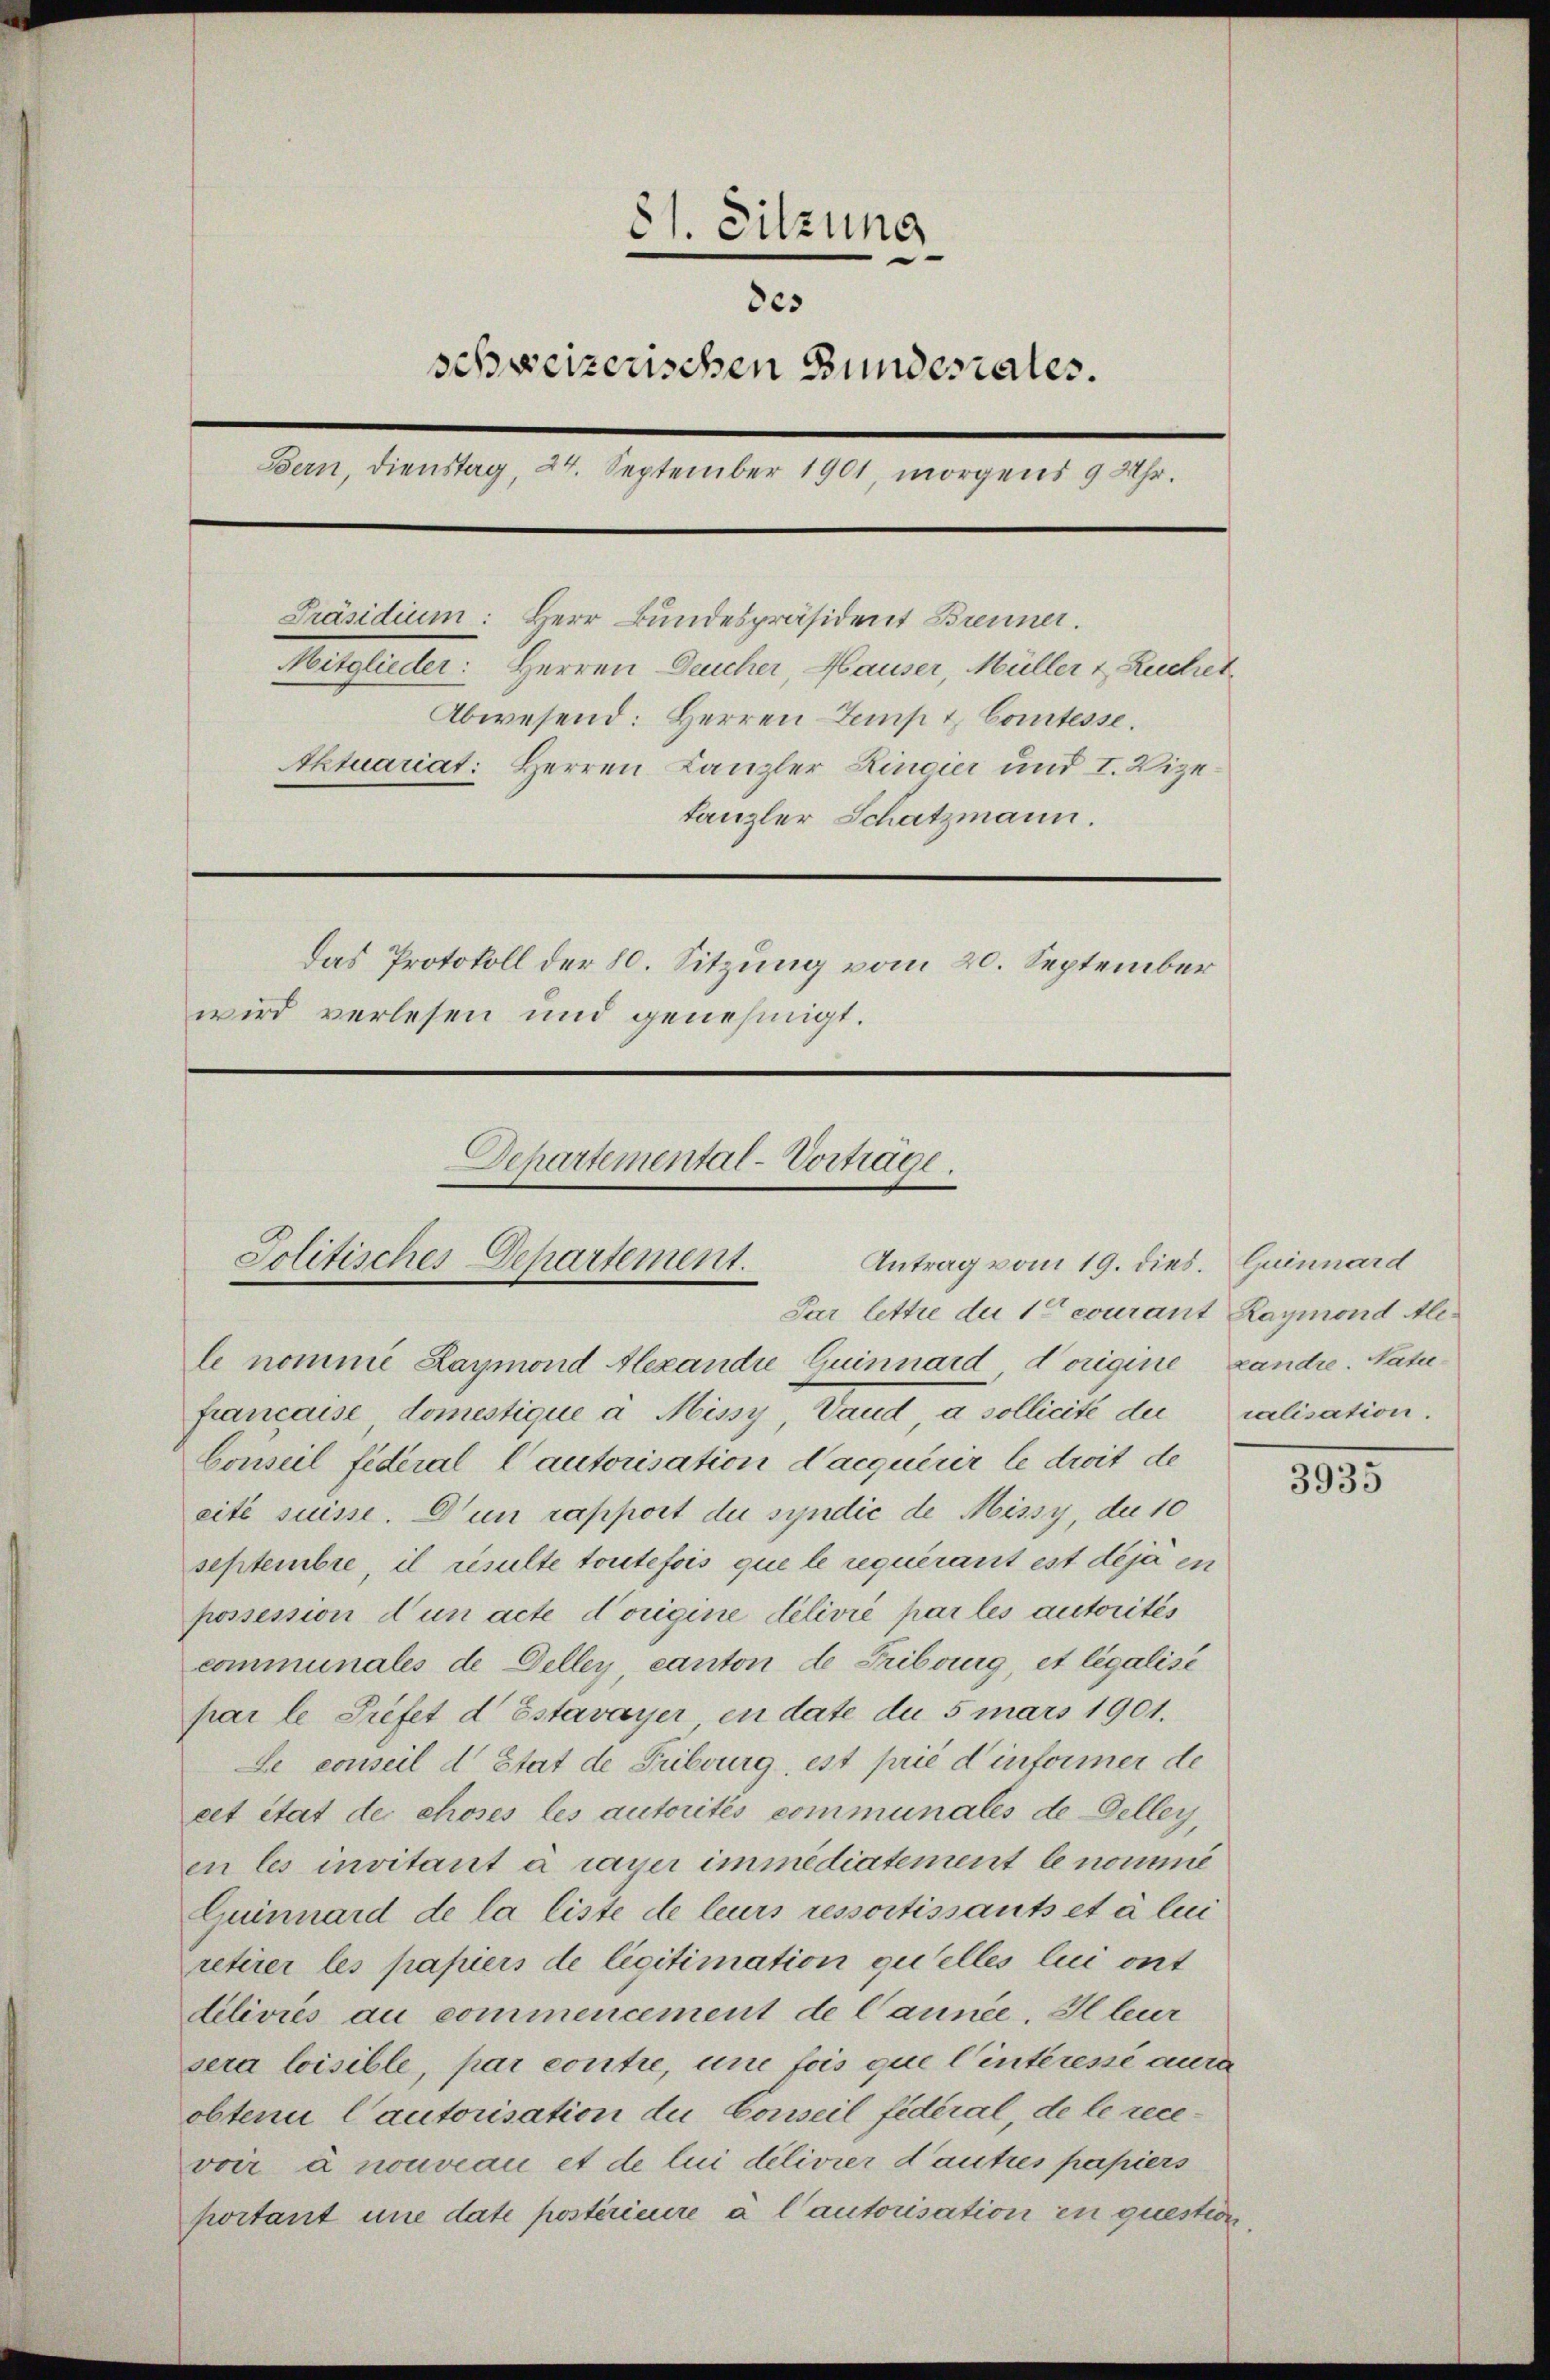
81. Sitzung
des
schweizerischen Bundesrates.
Bern, Dienstag, 24. September 1901, morgens 9 Uhr.
Präsidium: Herr Bundespräsident Brenner.
Mitglieder: Herren Deucher, Hauser, Müller 1 Ruchet,
Abwesend: Herren Temp & Comtesse.
Aktuariat: Herren Kanzler Ringier und I. Vizetanzler Schatzmann.
Das Protokoll der 80. Sitzung vom 20. September
wird verlesen und genehmigt.

Departemental-Vortrage.
Jolitisches Departement. Antrag vom 19. dies. Quinnard
Par lettre du 10 courant Raymond Ale¬

le nomme Laymond Alexandre Quinnard Vorigine Landre. Natufrancaise, domestique à Missy, Vaud a sollicite der
Conseil federal Cautorisation d’acquérir le droit de
cité suisse. Dun rapport du syndić de Missy, die 10
septembre, il resulte toutefois que le requérant est déja in
possession d’un acte dorigine délivié par les autorités
communales de Deller, canton de Fribourg, et legalise
par le Préfet d Estavayer in date du 5 mars 1901.
Le conseil d’Etat de Fribourg, est prie d informer de
cet état der choses les autorités communales de Delley,
en les invitant à rayer immediatement le nomme
Guinnard de la liste de leurs ressortissants et à lui
retirer les papiers de légitimation quelles lui ont
dilivrés au commencement de Cannée. Il leur
sera loisible, par contre, une fois que l’interessé aura
obtenu l’autorisation du Conseil fédéral, de le recevoir à nouveau et de lui délivier d’autres papiers
portant une date postérieure à l’autorisation in question

ralisation.

3935